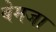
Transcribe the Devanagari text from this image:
बेमजा